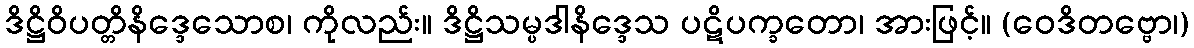
ဒိဋ္ဌိဝိပတ္တိနိဒ္ဒေသောစ၊ ကိုလည်း။ ဒိဋ္ဌိသမ္ပဒါနိဒ္ဒေသ ပဋိပက္ခတော၊ အားဖြင့်။ (ဝေဒိတဗ္ဗော၊)